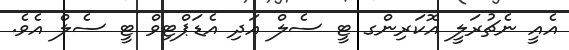
އެއީ ނެޗުރަލީ އޮކަރިންގ ޓީ ސެލް އަދި އެޑަޕްޓިވް ޓީ ސެލް އެވެ.